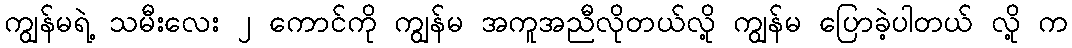
ကျွန်မရဲ့ သမီးလေး ၂ ကောင်ကို ကျွန်မ အကူအညီလိုတယ်လို့ ကျွန်မ ပြောခဲ့ပါတယ် လို့ က